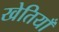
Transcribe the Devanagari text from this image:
खेतियाँ